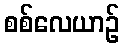
စစ်လေယာဉ်